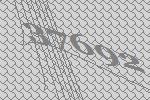
37692